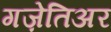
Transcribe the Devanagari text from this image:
गज़ेतिअर